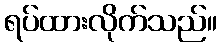
ရပ်ထားလိုက်သည်။